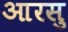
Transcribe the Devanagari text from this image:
आरसु